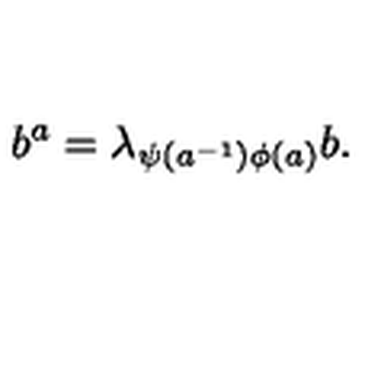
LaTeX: b ^ { a } = \lambda _ { \psi ( a ^ { - 1 } ) \phi ( a ) } b .